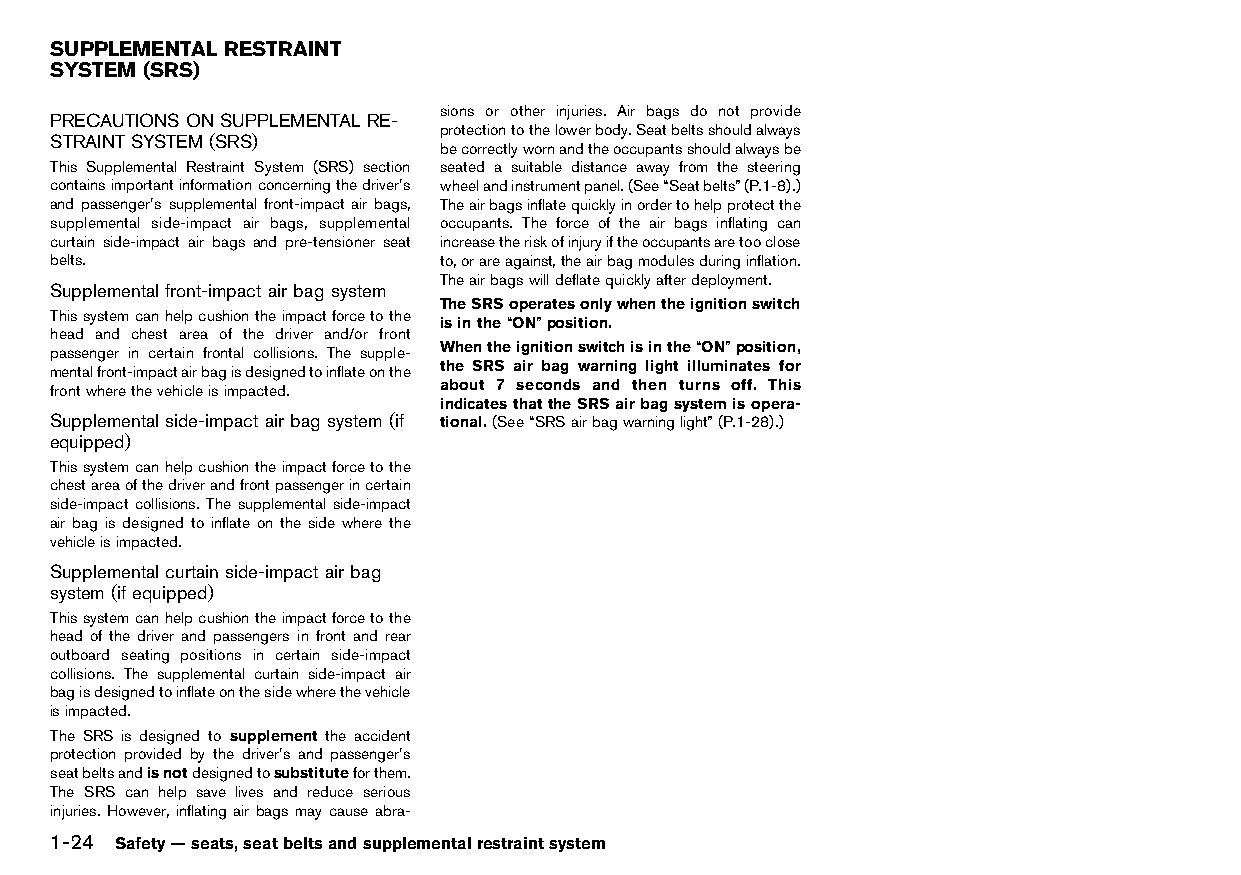
(50,1)
 SUPPLEMENTAL RESTRAINT
 SYSTEM (SRS)
 HT32A1-B6157A48-56A9-4C36-B172-3AAF44191FC9
 sions or other injuries. Air bags do not provide
 PRECAUTIONS ONSUPPLEMENTALRE-
 protectiontothelowerbody.Seatbeltsshouldalways
 STRAINT SYSTEM (SRS)
 HT32A1-472B749A-1D52-40E6-A55D-E253224FD34B becorrectlywornandtheoccupantsshouldalwaysbe
 This Supplemental Restraint System (SRS) section seated a suitable distance away from the steering
 containsimportantinformationconcerningthedriver’s wheelandinstrumentpanel.(See“Seatbelts”(P.1-8).)
 and passenger’s supplemental front-impact air bags, Theairbagsinflatequicklyinordertohelpprotectthe
 supplemental side-impact air bags, supplemental occupants. The force of the air bags inflating can
 curtain side-impact air bags and pre-tensioner seat increasetheriskofinjuryiftheoccupantsaretooclose
 belts.                    to,orareagainst,theairbagmodulesduringinflation.
 Theairbagswilldeflatequicklyafterdeployment.
 Supplemental front-impact airbag system
 HT32A1-B8254390-3B61-40FC-91DE-1AC76EF9CA11 TheSRSoperatesonlywhentheignitionswitch
 Thissystemcanhelpcushiontheimpactforcetothe
 isinthe“ON”position.
 head and chest area of the driver and/or front
 passenger in certain frontal collisions. The supple- Whentheignitionswitchisinthe“ON”position,
 mentalfront-impactairbagisdesignedtoinflateonthe the SRS air bag warning light illuminates for
 frontwherethevehicleisimpacted. about 7 seconds and then turns off. This
 indicatesthattheSRSairbagsystemisopera-
 Supplemental side-impact airbag system(if tional.(See“SRSairbagwarninglight”(P.1-28).)
 equipped)
 HT32A1-86134849-D1CC-4A18-B616-BEDE533187A6
 Thissystemcanhelpcushiontheimpactforcetothe
 chestareaofthedriverandfrontpassengerincertain
 side-impact collisions. The supplemental side-impact
 air bag is designed to inflate on the side where the
 vehicleisimpacted.
 Supplemental curtain side-impact airbag
 system (if equipped)
 HT32A1-9482082F-6DCB-432F-9FD0-9A1EB3E05C4C
 Thissystemcanhelpcushiontheimpactforcetothe
 head of the driver and passengers in front and rear
 outboard seating positions in certain side-impact
 collisions. The supplemental curtain side-impact air
 bagisdesignedtoinflateonthesidewherethevehicle
 isimpacted.
 The SRS is designed to supplement the accident
 protection provided by the driver’s and passenger’s
 seatbeltsandisnotdesignedtosubstituteforthem.
 The SRS can help save lives and reduce serious
 injuries. However, inflating air bags may cause abra-
 1-24 Safety—seats,seatbeltsandsupplementalrestraintsystem
 Condition:                        [Edit:2015/8/24 Model: HT32-A]